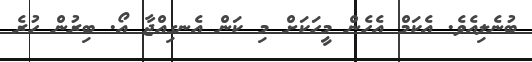
ބުނެލިއެވެ. އެކަމް އެހެން މީހަކަށް މި ކަން އެނގިއްޖާ އޯ. ބިރުން ހުރެ